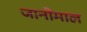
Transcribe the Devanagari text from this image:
जानोमाल